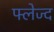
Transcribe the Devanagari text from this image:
फ्लेज्द